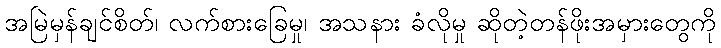
အမြဲမှန်ချင်စိတ်၊ လက်စားခြေမှု၊ အသနား ခံလိုမှု ဆိုတဲ့တန်ဖိုးအမှားတွေကို